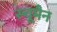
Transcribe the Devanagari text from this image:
स्चूमैन